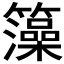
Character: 𮆼